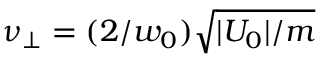
\nu _ { \bot } = ( 2 / w _ { 0 } ) \sqrt { | U _ { 0 } | / m }